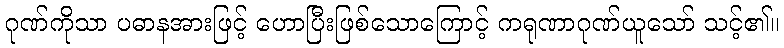
ဂုဏ်ကိုသာ ပဓာနအားဖြင့် ဟောပြီးဖြစ်သောကြောင့် ကရုဏာဂုဏ်ယူသော် သင့်၏။